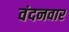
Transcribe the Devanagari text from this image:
वंदनवार